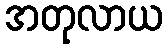
အတုလာယ